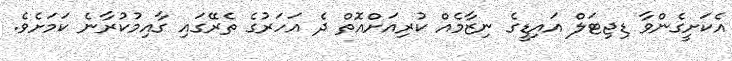
އެކަށީގެންވާ ޑިޖިޓަލް އައިޑީގެ ނިޒާމެއް ކުރިއަށްއޮތް ދެ އަހަރުގެ ތެރޭގައި ގާއިމުކުރާނެ ކަމަށެވެ.